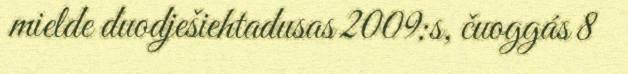
mielde duodješiehtadusas 2009:s, čuoggás 8